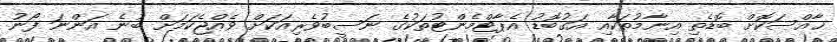
ޚާއްސަކޮށް ބޮޑެތި އިނާމުތަކާއި އަގުބޮޑު އެޕާޓްމެންޓުތަކުގެ ނަސީބުވެރިއަކަށް ވެއްޖެކަމަށް ބުނެ އަންނަ ފޯނު